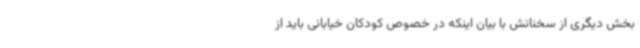
بخش دیگری از سخنانش با بیان اینکه در خصوص کودکان خیابانی باید از